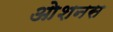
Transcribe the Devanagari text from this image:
ओशनस